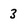
Character: 3